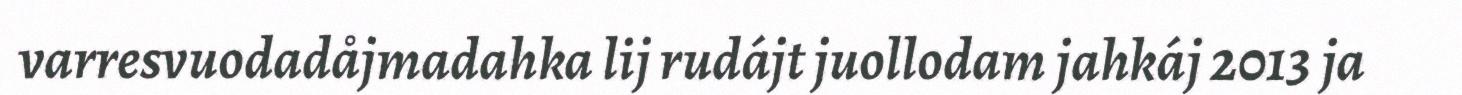
varresvuodadåjmadahka lij rudájt juollodam jahkáj 2013 ja